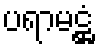
ပရာမဋ္ဌံ